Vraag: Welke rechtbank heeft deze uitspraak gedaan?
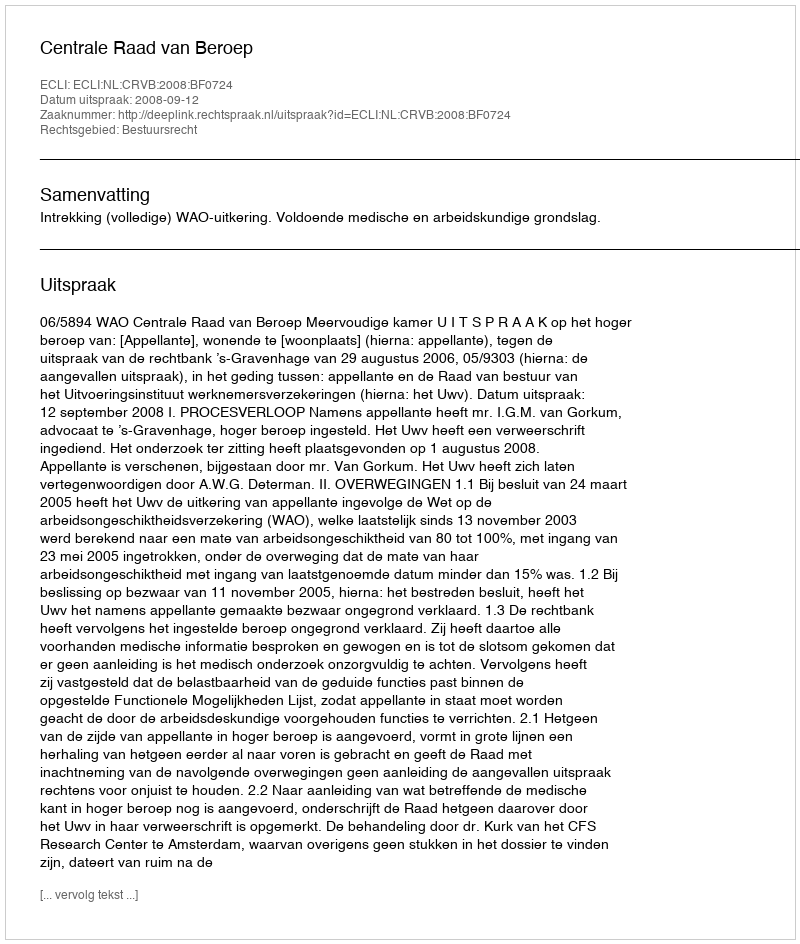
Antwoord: Centrale Raad van Beroep